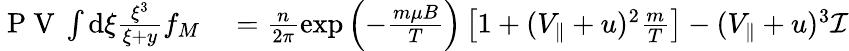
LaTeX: \begin{array}{rl}{\mathrm{~P~V~}\int\mathrm{d}\xi\frac{\xi^{3}}{\xi+y}f_{M}}&{{}=\frac{n}{2\pi}\exp\left(-\frac{m\mu B}{T}\right)\left[1+(V_{\parallel}+u)^{2}\frac{m}{T}\right]-(V_{\parallel}+u)^{3}\mathcal{I}}\end{array}